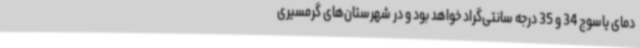
دمای یاسوج 34 و 35 درجه سانتی‌گراد خواهد بود و در شهرستان‌های گرمسیری